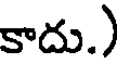
కాదు.)